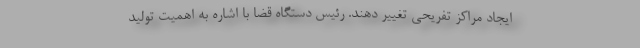
ایجاد مراکز تفریحی تغییر دهند. رئیس دستگاه قضا با اشاره به اهمیت تولید